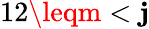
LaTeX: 12\leqm<\mathbf{j}